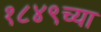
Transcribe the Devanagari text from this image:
१८४९च्या